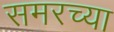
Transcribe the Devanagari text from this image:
समरच्या